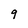
Character: 9